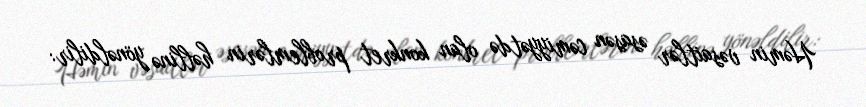
Həmin vəsaitlər əsasən cəmiyyətdə olan konkret problemlərin həllinə yönəldilir: